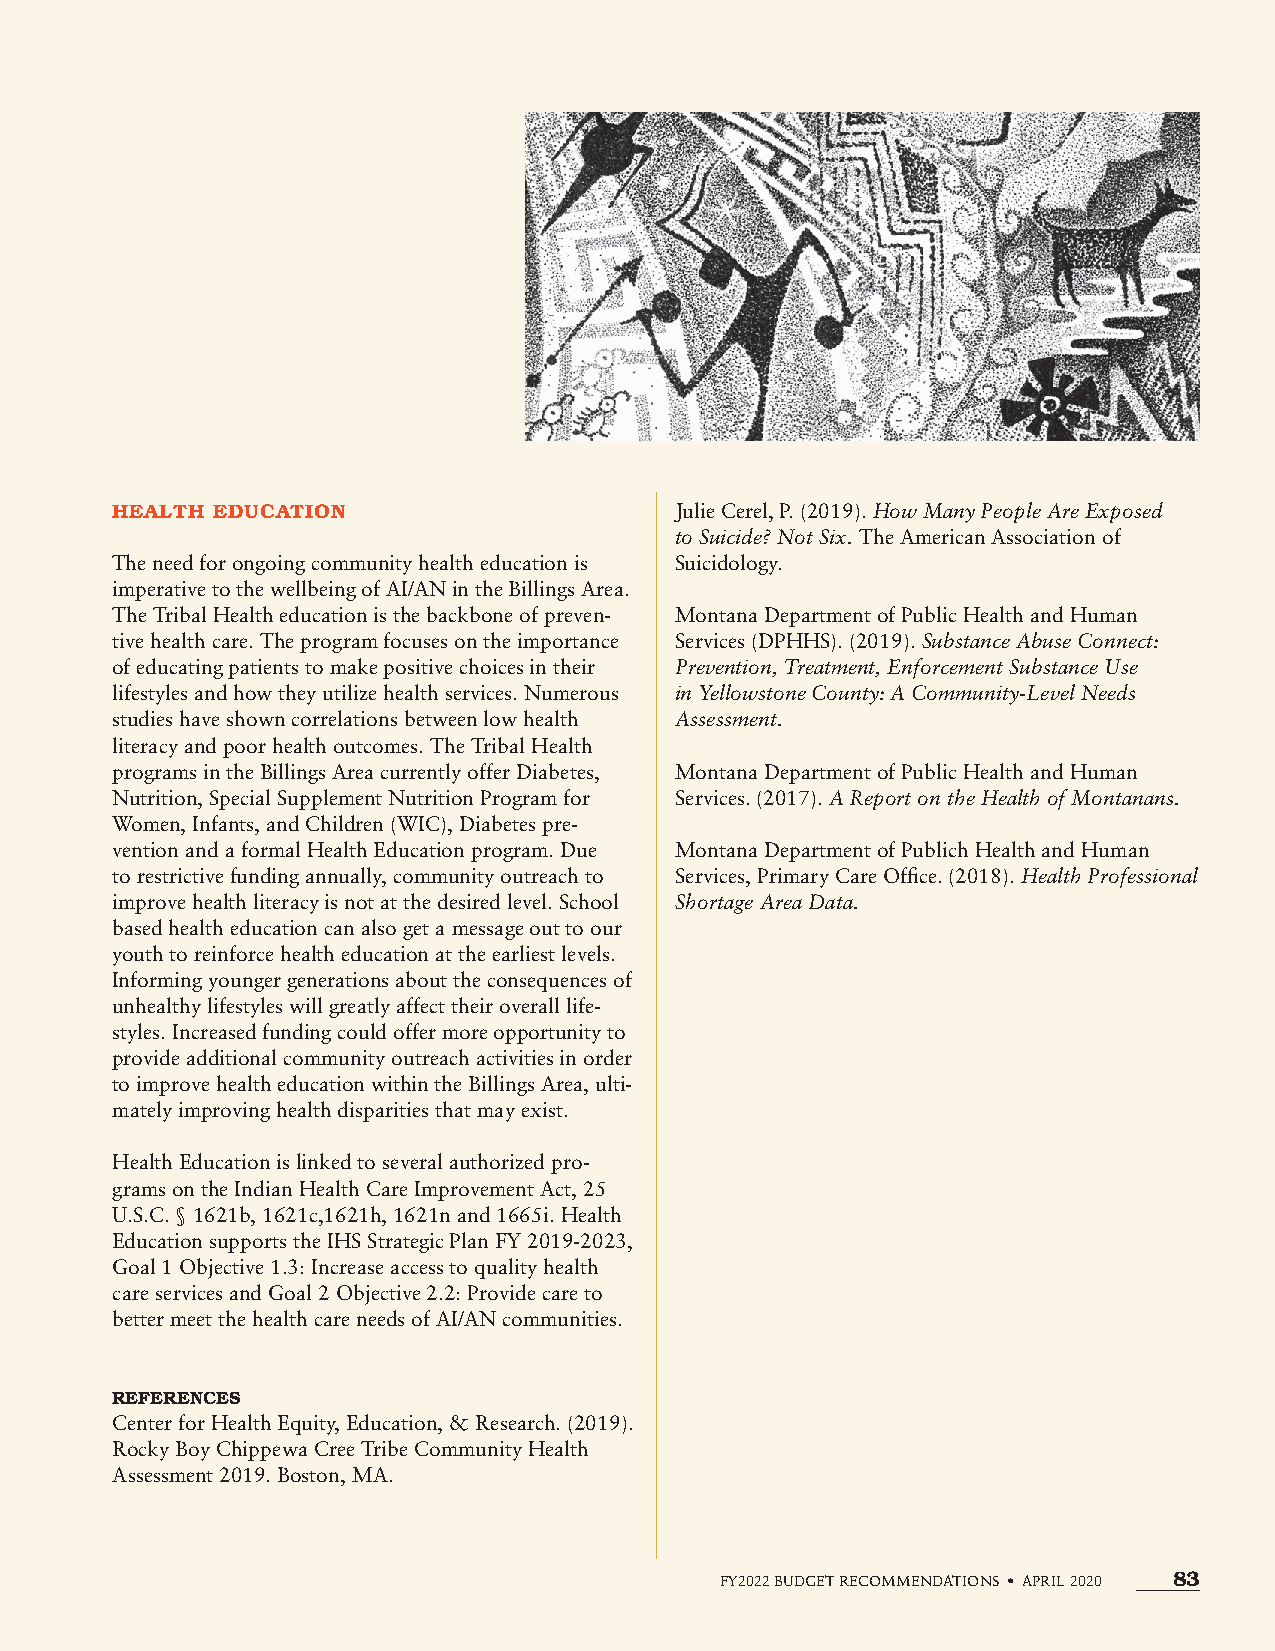
HEALTH EDUCATION                      Julie Cerel, P. (2019). How Many People Are Exposed
 to Suicide? Not Six. The American Association of
 The need for ongoing community health education is Suicidology.
 imperative to the wellbeing of AI/AN in the Billings Area.
 The Tribal Health education is the backbone of preven- Montana Department of Public Health and Human
 tive health care. The program focuses on the importance Services (DPHHS). (2019). Substance Abuse Connect:
 of educating patients to make positive choices in their Prevention, Treatment, Enforcement Substance Use
 lifestyles and how they utilize health services. Numerous in Yellowstone County: A Community-Level Needs
 studies have shown correlations between low health Assessment.
 literacy and poor health outcomes. The Tribal Health
 programs in the Billings Area currently offer Diabetes, Montana Department of Public Health and Human
 Nutrition, Special Supplement Nutrition Program for Services. (2017). A Report on the Health of Montanans.
 Women, Infants, and Children (WIC), Diabetes pre-
 vention and a formal Health Education program. Due Montana Department of Publich Health and Human
 to restrictive funding annually, community outreach to Services, Primary Care Office. (2018). Health Professional
 improve health literacy is not at the desired level. School Shortage Area Data.
 based health education can also get a message out to our
 youth to reinforce health education at the earliest levels.
 Informing younger generations about the consequences of
 unhealthy lifestyles will greatly affect their overall life-
 styles. Increased funding could offer more opportunity to
 provide additional community outreach activities in order
 to improve health education within the Billings Area, ulti-
 mately improving health disparities that may exist.
 Health Education is linked to several authorized pro-
 grams on the Indian Health Care Improvement Act, 25
 U.S.C. § 1621b, 1621c,1621h, 1621n and 1665i. Health
 Education supports the IHS Strategic Plan FY 2019-2023,
 Goal 1 Objective 1.3: Increase access to quality health
 care services and Goal 2 Objective 2.2: Provide care to
 better meet the health care needs of AI/AN communities.
 REFERENCES
 Center for Health Equity, Education, & Research. (2019).
 Rocky Boy Chippewa Cree Tribe Community Health
 Assessment 2019. Boston, MA.
 FY2022 BUDGET RECOMMENDATIONS • APRIL 2020 83